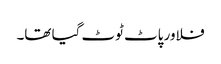
فلاور پاٹ ٹوٹ گیا تھا۔